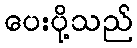
ပေးပို့သည်